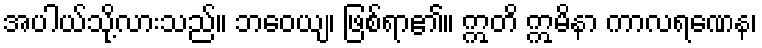
အပါယ်သို့လားသည်။ ဘဝေယျ၊ ဖြစ်ရာ၏။ ဣတိ ဣမိနာ ကာလရဏေန၊